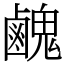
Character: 䴜